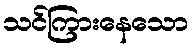
သင်ကြားနေသော